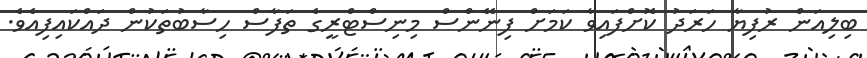
ބިލިއަން ރުފިޔާ ހަރަދު ކޮށްފައިވާ ކަމަށް ފިނޭންސް މިނިސްޓްރީގެ ތަފާސް ހިސާބުތަކުން ދައްކައިފިއެވެ.